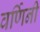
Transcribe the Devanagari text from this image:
वर्णिनी